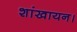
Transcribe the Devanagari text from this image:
शांखायन।